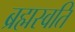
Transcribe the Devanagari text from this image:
ब्रह्मस्वति